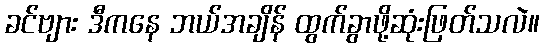
ခင်ဗျား ဒီကနေ ဘယ်အချိန် ထွက်ခွာဖို့ဆုံးဖြတ်သလဲ။